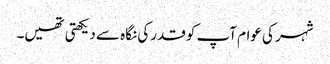
شہر کی عوام آپ کو قدرکی نگاہ سے دیکھتی تھیں۔